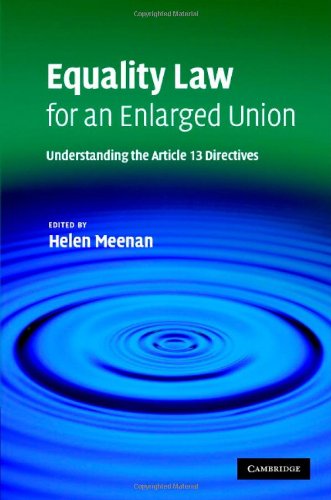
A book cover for Equality Law in an Enlarged European Union: Understanding the Article 13 Directives; Business & Money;